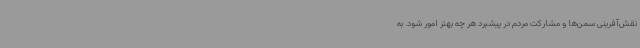
نقش‌آفرینی سمن‌ها و مشارکت مردم در پیشبرد هر چه بهتر امور شود. به